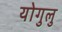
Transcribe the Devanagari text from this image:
योगुलु